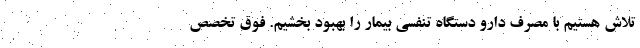
تلاش هستیم با مصرف دارو دستگاه تنفسی بیمار را بهبود بخشیم. فوق تخصص